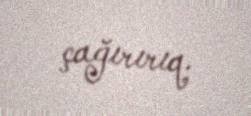
çağırırıq.